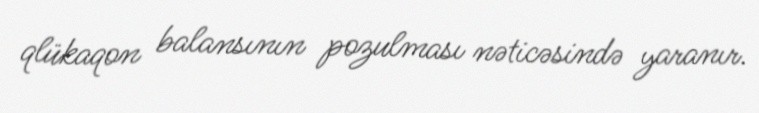
qlükaqon balansının pozulması nəticəsində yaranır.